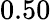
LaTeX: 0.50